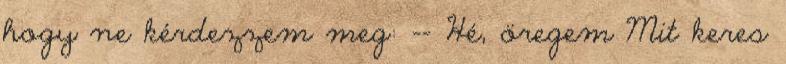
hogy ne kérdezzem meg: -- Hé, öregem Mit keres